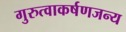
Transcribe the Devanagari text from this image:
गुरुत्वाकर्षणजन्य